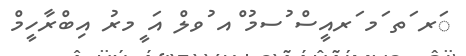
ަރ ަތ ަމ ަރއީސް ުސމު ްއ ުވލް އަ ީމރު އިބްރާހީމް